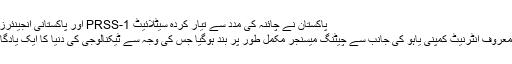
پاکستان نے چائنہ کی مدد سے تیار کردہ سیٹلائیٹ PRSS-1 اور پاکستانی انجینئرز کا تیار کردہ …
سان فرانسیسکو: معروف انٹرنیٹ کمپنی یاہو کی جانب سے چیٹنگ میسنجر مکمل طور پر بند ہوگیا جس کی وجہ سے ٹیکنالوجی کی دنیا کا ایک یادگار عہد پذیر ہوگیا۔